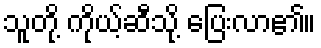
သူတို့ ကိုယ့်ဆီသို့ ပြေးလာ၏။